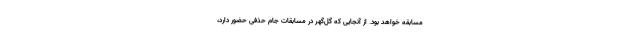
مسابقه خواهد بود. از آنجایی که گل‌گهر در مسابقات جام حذفی حضور دارد،